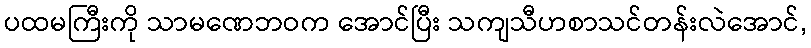
ပထမကြီးကို သာမဏေဘဝက အောင်ပြီး သကျသီဟစာသင်တန်းလဲအောင်,